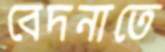
বেদনাতে